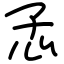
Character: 孞